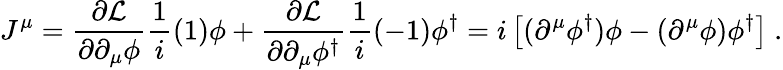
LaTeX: J^{\mu}=\frac{\partial{\cal{L}}}{\partial\partial_{\mu}\phi}\frac{1}{i}(1)\phi+\frac{\partial{\cal{L}}}{\partial\partial_{\mu}\phi^{\dagger}}\frac{1}{i}(-1)\phi^{\dagger}=i\left[(\partial^{\mu}\phi^{\dagger})\phi-(\partial^{\mu}\phi)\phi^{\dagger}\right]~.